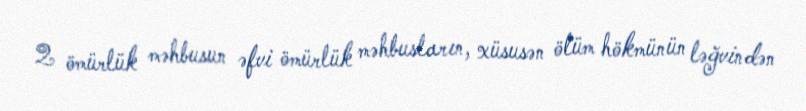
2 ömürlük məhbusun əfvi ömürlük məhbusların, xüsusən ölüm hökmünün ləğvindən